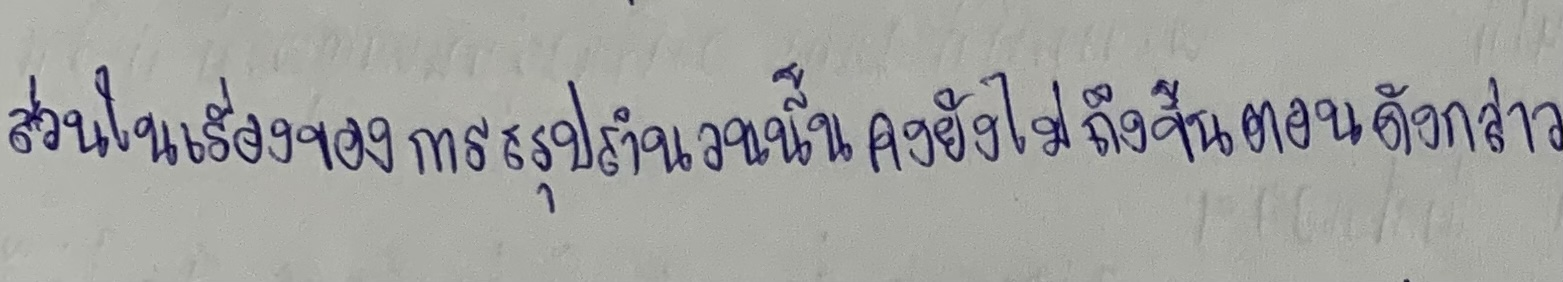
ส่วนในเรื่องของการสรุปสำนวนนั้นคงยังไม่ถึงขั้นตอนดังกล่าว